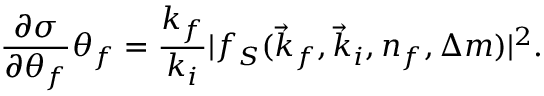
\frac { \partial \sigma } { \partial \theta _ { f } } \d \theta _ { f } = \frac { k _ { f } } { k _ { i } } \vert f _ { S } ( \vec { k } _ { f } , \vec { k } _ { i } , n _ { f } , \Delta m ) \vert ^ { 2 } .